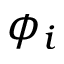
\phi _ { i }